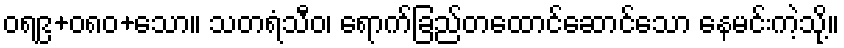
ဝရ၉+၀၈၀+သော။ သတရံသီဝ၊ ရောက်ခြည်တထောင်ဆောင်သော နေမင်းကဲ့သို့။